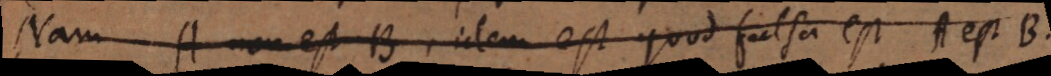
Nam A non est B, idem est quod falsa est A est B